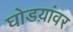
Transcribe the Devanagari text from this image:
घोडय़ांवर